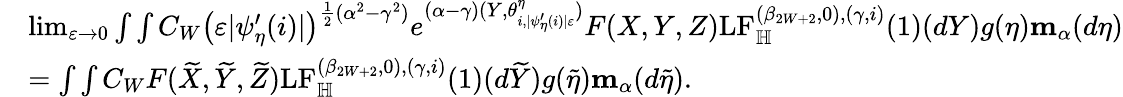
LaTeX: \begin{array}{rl}&{\operatorname*{lim}_{\varepsilon\to 0}\int\int C_{W}\left(\varepsilon|\psi_{\eta}^{\prime}(i)|\right)^{\frac{1}{2}(\alpha^{2}-\gamma^{2})}e^{(\alpha-\gamma)(Y,\theta_{i,|\psi_{\eta}^{\prime}(i)|\varepsilon}^{\eta})}F(X,Y,Z)\mathrm{LF}_{\mathbb H}^{(\beta_{2W+2},0),(\gamma,i)}(1)(dY)g(\eta)\mathbf m_{\alpha}(d\eta)}\\ &{=\int\int C_{W}F(\widetilde X,\widetilde Y,\widetilde Z)\mathrm{LF}_{\mathbb H}^{(\beta_{2W+2},0),(\gamma,i)}(1)(d\widetilde Y)g(\widetilde\eta)\mathbf m_{\alpha}(d\widetilde\eta).}\end{array}